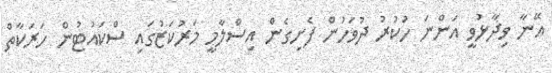
އޭނާ ވިދާޅުވީ އަންނަ ހުކުރު ދުވަހުން ފެށިގެން އިސްލާމީ މަރުކަޒުގައި ސްކައުޓުން ހަރަކާތް